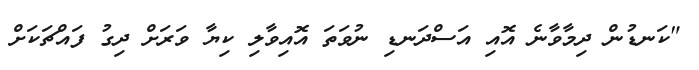
"ކަނޑުން ދިމާވާނެ އޮއި އަސްދަނޑި ނުވަތަ އޮއިވާލި ކިޔާ ވަރަށް ދިގު ފައްޗަކަށް